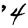
Digit: 4